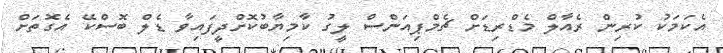
އެކަމަކު ކުރިން ރެއާލް މެޑްރިޑަށް ޗެމްޕިއަންސް ލީގު ކާމިޔާބުކޮށްދީފައިވާ ޑެލް ބޮސްކޭ އެގޮތަށް